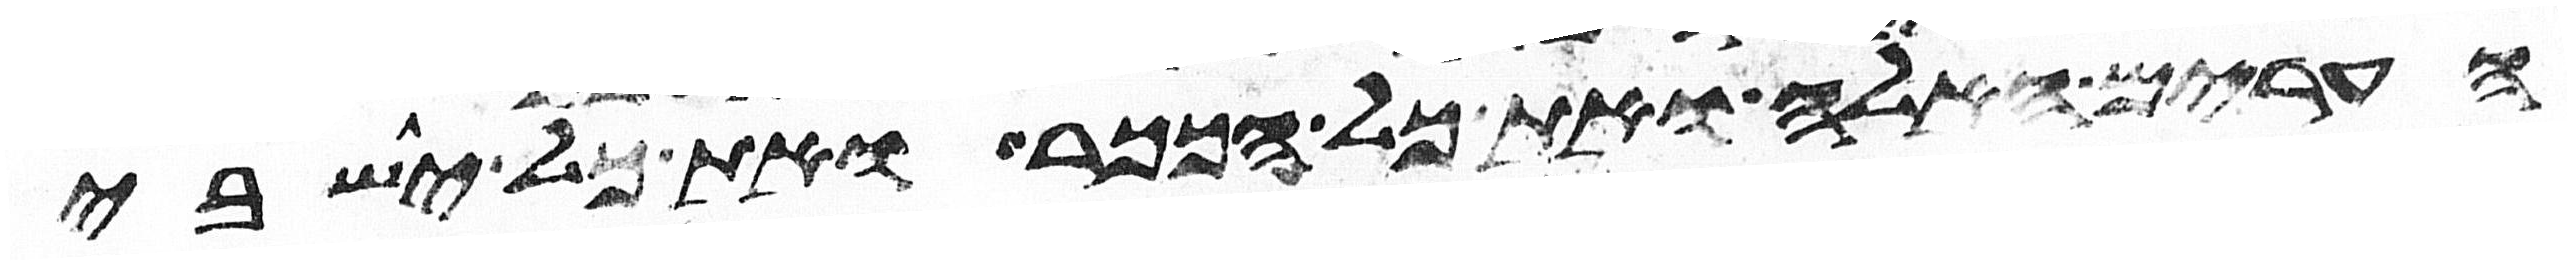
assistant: הערים האלה ואת כל הככר ואת כל ישבי